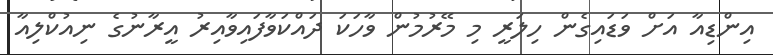
އިންޑިއާ އަށް ވަޑައިގެން ހިލަރީ މި މޭރުމުން ވާހަކަ ދައްކަވާފައިވާއިރު އީރާނުގެ ނިއުކްލިއާ